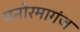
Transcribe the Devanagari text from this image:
मनोरमागंज